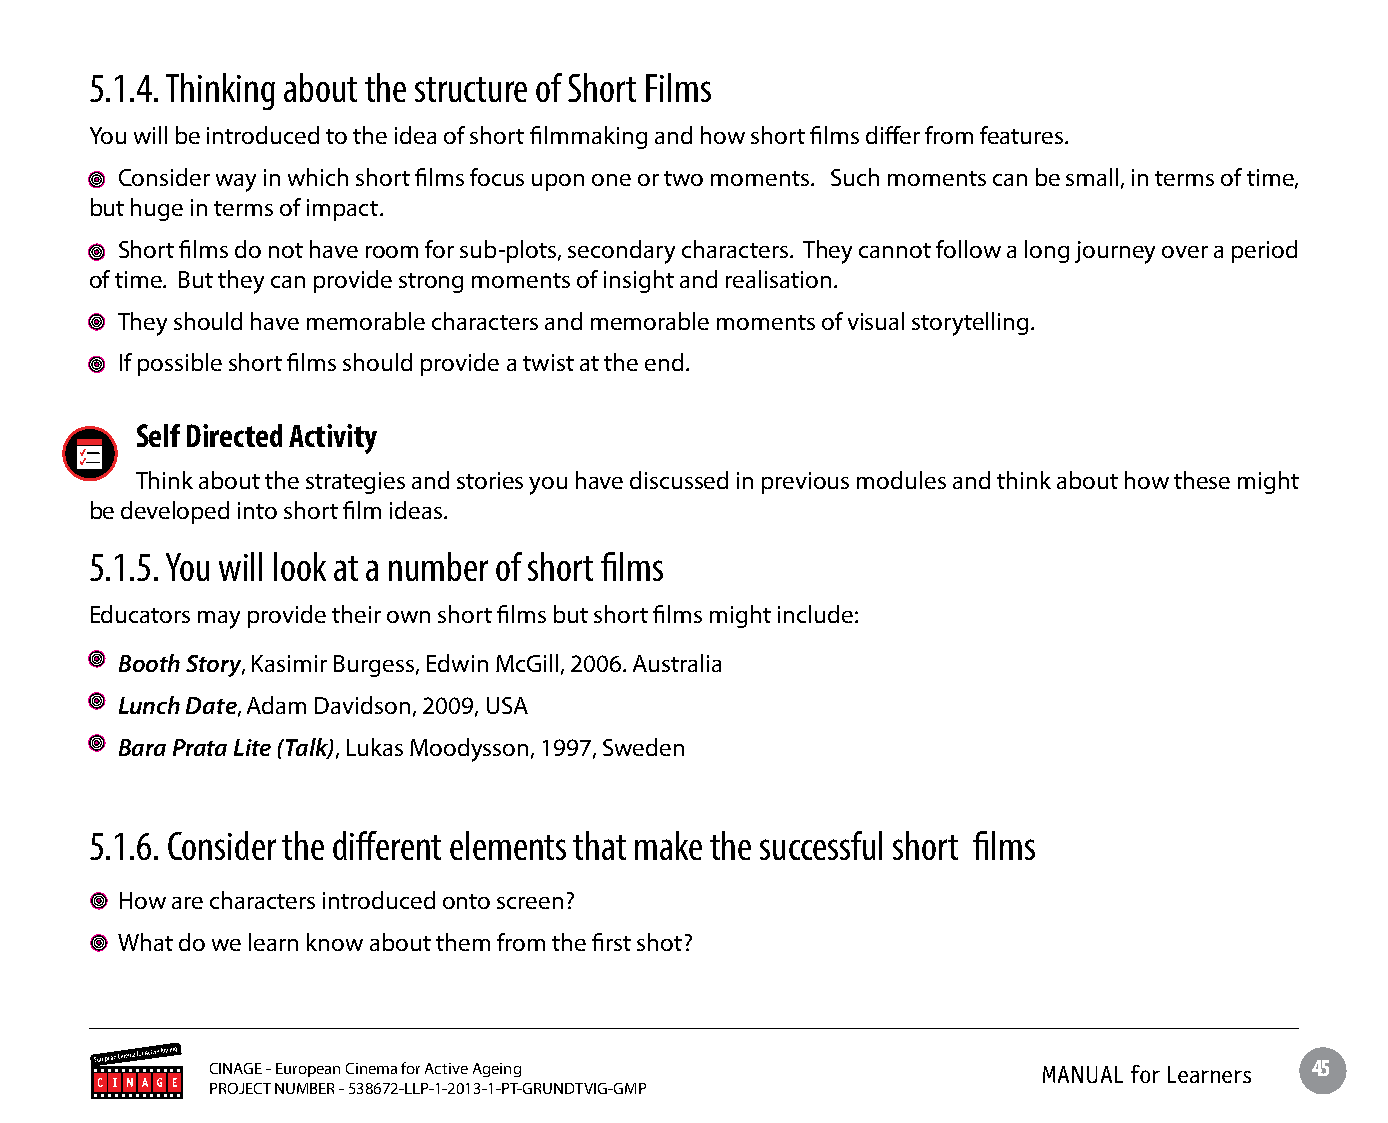
5.1.4. Thinking about the structure of Short Films
 You will be introduced to the idea of short filmmaking and how short films differ from features.
 Consider way in which short films focus upon one or two moments. Such moments can be small, in terms of time,
 but huge in terms of impact.
 Short films do not have room for sub-plots, secondary characters. They cannot follow a long journey over a period
 of time. But they can provide strong moments of insight and realisation.
 They should have memorable characters and memorable moments of visual storytelling.
 If possible short films should provide a twist at the end.
 Self Directed Activity
 Think about the strategies and stories you have discussed in previous modules and think about how these might
 be developed into short film ideas.
 5.1.5. You will look at a number of short films
 Educators may provide their own short films but short films might include:
 Booth Story, Kasimir Burgess, Edwin McGill, 2006. Australia
 Lunch Date, Adam Davidson, 2009, USA
 Bara Prata Lite (Talk), Lukas Moodysson, 1997, Sweden
 5.1.6. Consider the different elements that make the successful short films
 How are characters introduced onto screen?
 What do we learn know about them from the first shot?
 CINAGE - European Cinema for Active Ageing             MANUAL for Learners 45
 PROJECT NUMBER - 538672-LLP-1-2013-1-PT-GRUNDTVIG-GMP